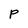
Character: P